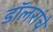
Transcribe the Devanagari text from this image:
डॉलरांचे